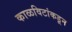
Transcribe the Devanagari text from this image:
काळविटांकडून